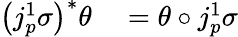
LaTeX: \begin{array}{rl}{\left(j_{p}^{1}\sigma\right)^{*}\theta}&{{}=\theta\circ j_{p}^{1}\sigma}\end{array}